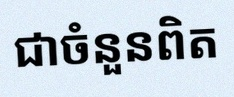
សន្មតថា x ជាចំនួនពិត